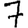
Digit: 7